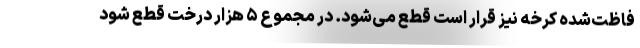
فاظت‌شده کرخه نیز قرار است قطع می‌شود. در مجموع ۵ هزار درخت قطع ‌شود